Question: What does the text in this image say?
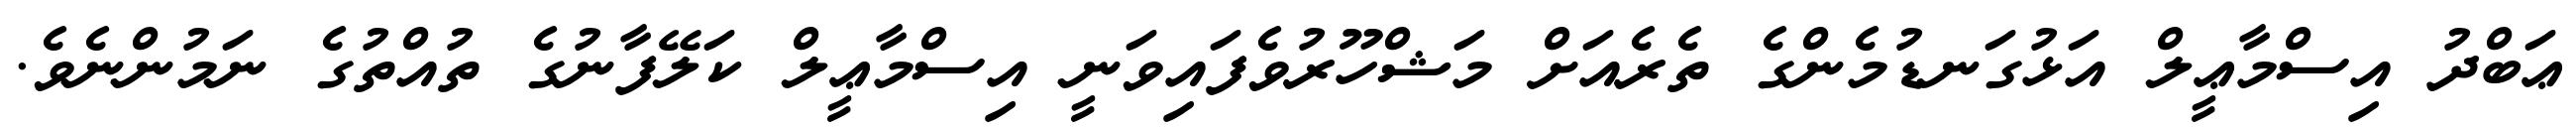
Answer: ޢަބްދު އިސްމާޢީލް އަޅުގަނޑުމެންގެ ތެރެއަށް މަޝްހޫރުވެފައިވަނީ އިސްމާޢީލް ކަލޭފާނުގެ ތުއްތުގެ ނަމުންނެވެ.